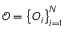
\boldsymbol { \mathcal { O } } = \left\{ \boldsymbol { O } _ { i } \right\} _ { i = 1 } ^ { N }